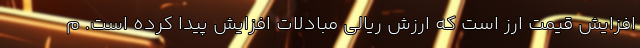
افزایش قیمت ارز است که ارزش ریالی مبادلات افزایش پیدا کرده است. م